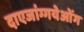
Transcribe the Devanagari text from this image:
दाएजांग्गयेओंग